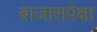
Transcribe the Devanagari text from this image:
बाजारापेक्षा